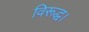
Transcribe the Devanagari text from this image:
विरूद्ध।